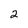
Character: 2